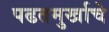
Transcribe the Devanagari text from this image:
पढतमुर्खाचे